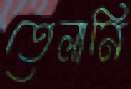
তেলানি